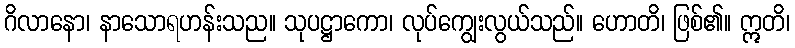
ဂိလာနော၊ နာသောရဟန်းသည။ သုပဋ္ဌာကော၊ လုပ်ကျွေးလွယ်သည်။ ဟောတိ၊ ဖြစ်၏။ ဣတိ၊